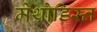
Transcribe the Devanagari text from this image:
मेथोडिस्त